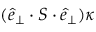
( \boldsymbol { \hat { e } } _ { \perp } \cdot \boldsymbol { S } \cdot \boldsymbol { \hat { e } } _ { \perp } ) \kappa